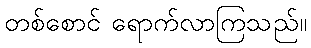
တစ်စောင် ရောက်လာကြသည်။